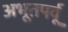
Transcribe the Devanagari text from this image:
अभूतपर्वू